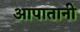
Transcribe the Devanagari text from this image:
आपातानी